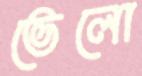
ভেলো